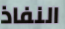
النفاذ